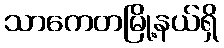
သာကေတမြို့နယ်ရှိ